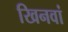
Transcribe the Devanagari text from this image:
खिनवां